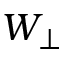
W _ { \perp }